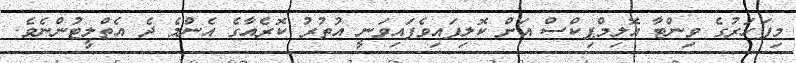
މިފަހަރުގެ ވިންޓާ އޮލިމްޕިކްސް އަށް ކޮލިފައިވެފައިވަނީ އުތުރު ކޮރެއާގެ އެންމެ ދެ އެތްލީޓުންނެވެ.